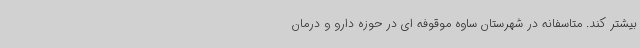
بیشتر کند. متاسفانه در شهرستان ساوه موقوفه ای در حوزه دارو و درمان